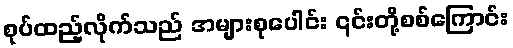
စုပ်ထည့်လိုက်သည် အများစုပေါင်း ၎င်းတို့စစ်ကြောင်း